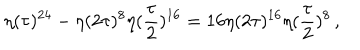
\eta ( \tau ) ^ { 2 4 } - \eta ( 2 \tau ) ^ { 8 } \eta ( { \frac { \tau } { 2 } } ) ^ { 1 6 } = 1 6 \eta ( 2 \tau ) ^ { 1 6 } \eta ( { \frac { \tau } { 2 } } ) ^ { 8 } \, ,